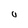
Character: 0